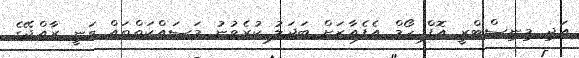
އަދި މިނިސްޓްރީ އޮފް ހޯމް އެފެއާޒަށް ބަދަލު ކުރެވުނު މަސައްކަތްތައް ވަނީ ރާއްޖޭގެ